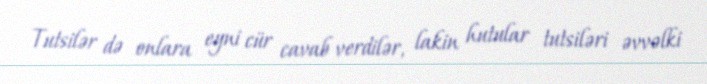
Tutsilər də onlara eyni cür cavab verdilər, lakin hutular tutsiləri əvvəlki